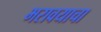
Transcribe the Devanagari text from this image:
भरावयाचा